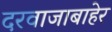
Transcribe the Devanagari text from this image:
दरवाजाबाहेर